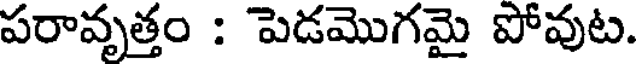
పరావృత్తం : పెడమొగమై పోవుట.